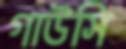
গাউসি